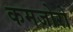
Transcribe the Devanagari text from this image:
कमजोरो